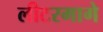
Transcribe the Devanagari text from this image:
लीटरमागे